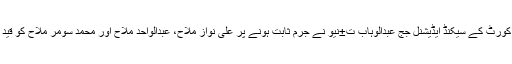
بدین کی سیشن کورٹ کے سیکنڈ ایڈیشنل جج عبدالوہاب ت±نیو نے جرم ثابت ہونے پر علی نواز مَلاح، عبدالواحد ملاح اور محمد سومر ملاح کو قید کی سزا سنائی۔